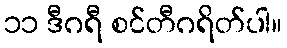
၁၁ ဒီဂရီ စင်တီဂရိတ်ပါ။